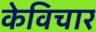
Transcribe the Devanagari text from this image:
केविचार